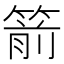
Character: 箭